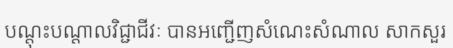
បណ្តុះបណ្តាលវិជ្ជាជីវៈ បានអញ្ជើញសំណេះសំណាល សាកសួរ